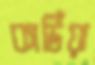
কার্ডিয়া